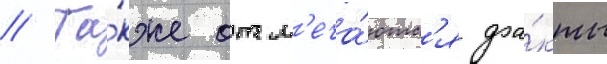
// Та́кже отм'еча́ютс'я фа́кты